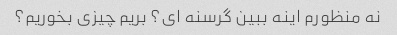
نه منظورم اینه ببین گرسنه ای؟ بریم چیزی بخوریم؟